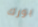
يورك